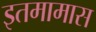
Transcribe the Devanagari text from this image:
इतमामास